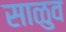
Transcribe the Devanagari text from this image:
साळुव